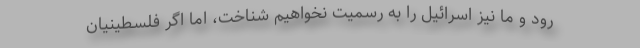
رود و ما نیز اسرائیل را به رسمیت نخواهیم شناخت، اما اگر فلسطینیان